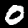
Label: 0